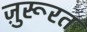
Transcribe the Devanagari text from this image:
ज़ुरूरत